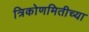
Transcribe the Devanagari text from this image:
त्रिकोणमितीच्या